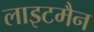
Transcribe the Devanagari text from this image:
लाइटमैन